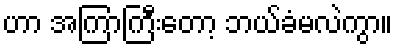
ဟာ အကြာကြီးတော့ ဘယ်ခံမလဲကွာ။